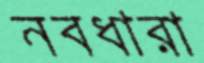
নবধারা